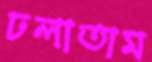
ঢলাতাম